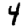
Digit: 4